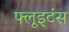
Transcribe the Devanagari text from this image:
फ्लूइटंस